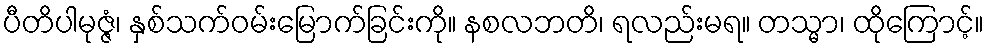
ပီတိပါမုဇ္ဇံ၊ နှစ်သက်ဝမ်းမြောက်ခြင်းကို။ နစလဘတိ၊ ရလည်းမရ။ တသ္မာ၊ ထိုကြောင့်။